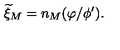
{ \widetilde \xi } _ { M } = n _ { M } ( \varphi / \phi ^ { \prime } ) .